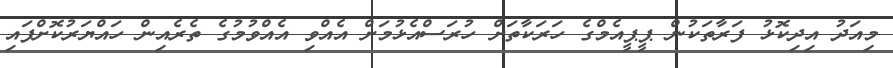
މިއަދު އިދިކޮޅު ފަރާތަކުން ޕީޕީއެމްގެ ހަރަކާތަށް ހުރަސްއެޅުމަށް އެއްވި އެއްވުމުގެ ތެރެއިން ހައްޔަރުކޮށްފައި